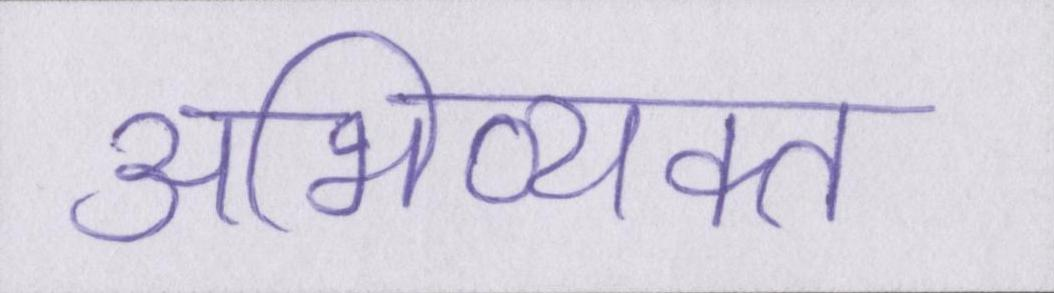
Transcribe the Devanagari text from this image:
अभिव्यक्त